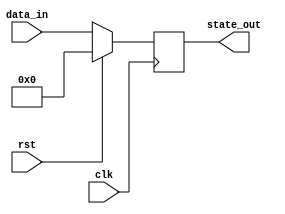
module synchronous_reset_example (
    input  wire clk,      // Clock input
    input  wire rst,      // Active-high reset input
    input  wire [7:0] data_in,  // Example data input
    output reg [7:0] state_out   // State output
);

// Define a reset state (for example, zero)
localparam RESET_STATE = 8'b00000000;

// Always block for synchronous reset and state update
always @(posedge clk) begin
    if (rst) begin
        // Apply reset if reset signal is asserted
        state_out <= RESET_STATE;  // Set state to reset value
    end else begin
        // Normal operation - update state based on data input
        state_out <= data_in; // Example logic, replace with actual functionality
    end
end

endmodule